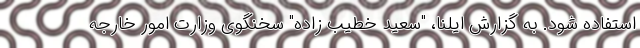
استفاده شود. به گزارش ایلنا، "سعید خطیب زاده" سخنگوی وزارت امور خارجه